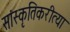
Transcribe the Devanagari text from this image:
सांस्कृतिकरीत्या